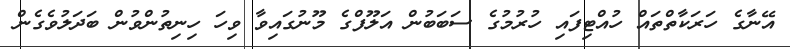
އޭނާގެ ހަރަކާތްތައް ހުއްޓިފައި ހުރުމުގެ ސަބަބުން އަލޫފްގެ މޫނުގައިވާ ވިހަ ހިނިތުންވުން ބަދަލުވެގެން